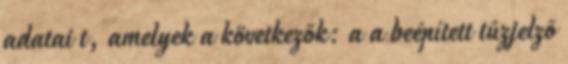
adatai t, amelyek a következõk: a a beépített tûzjelzõ